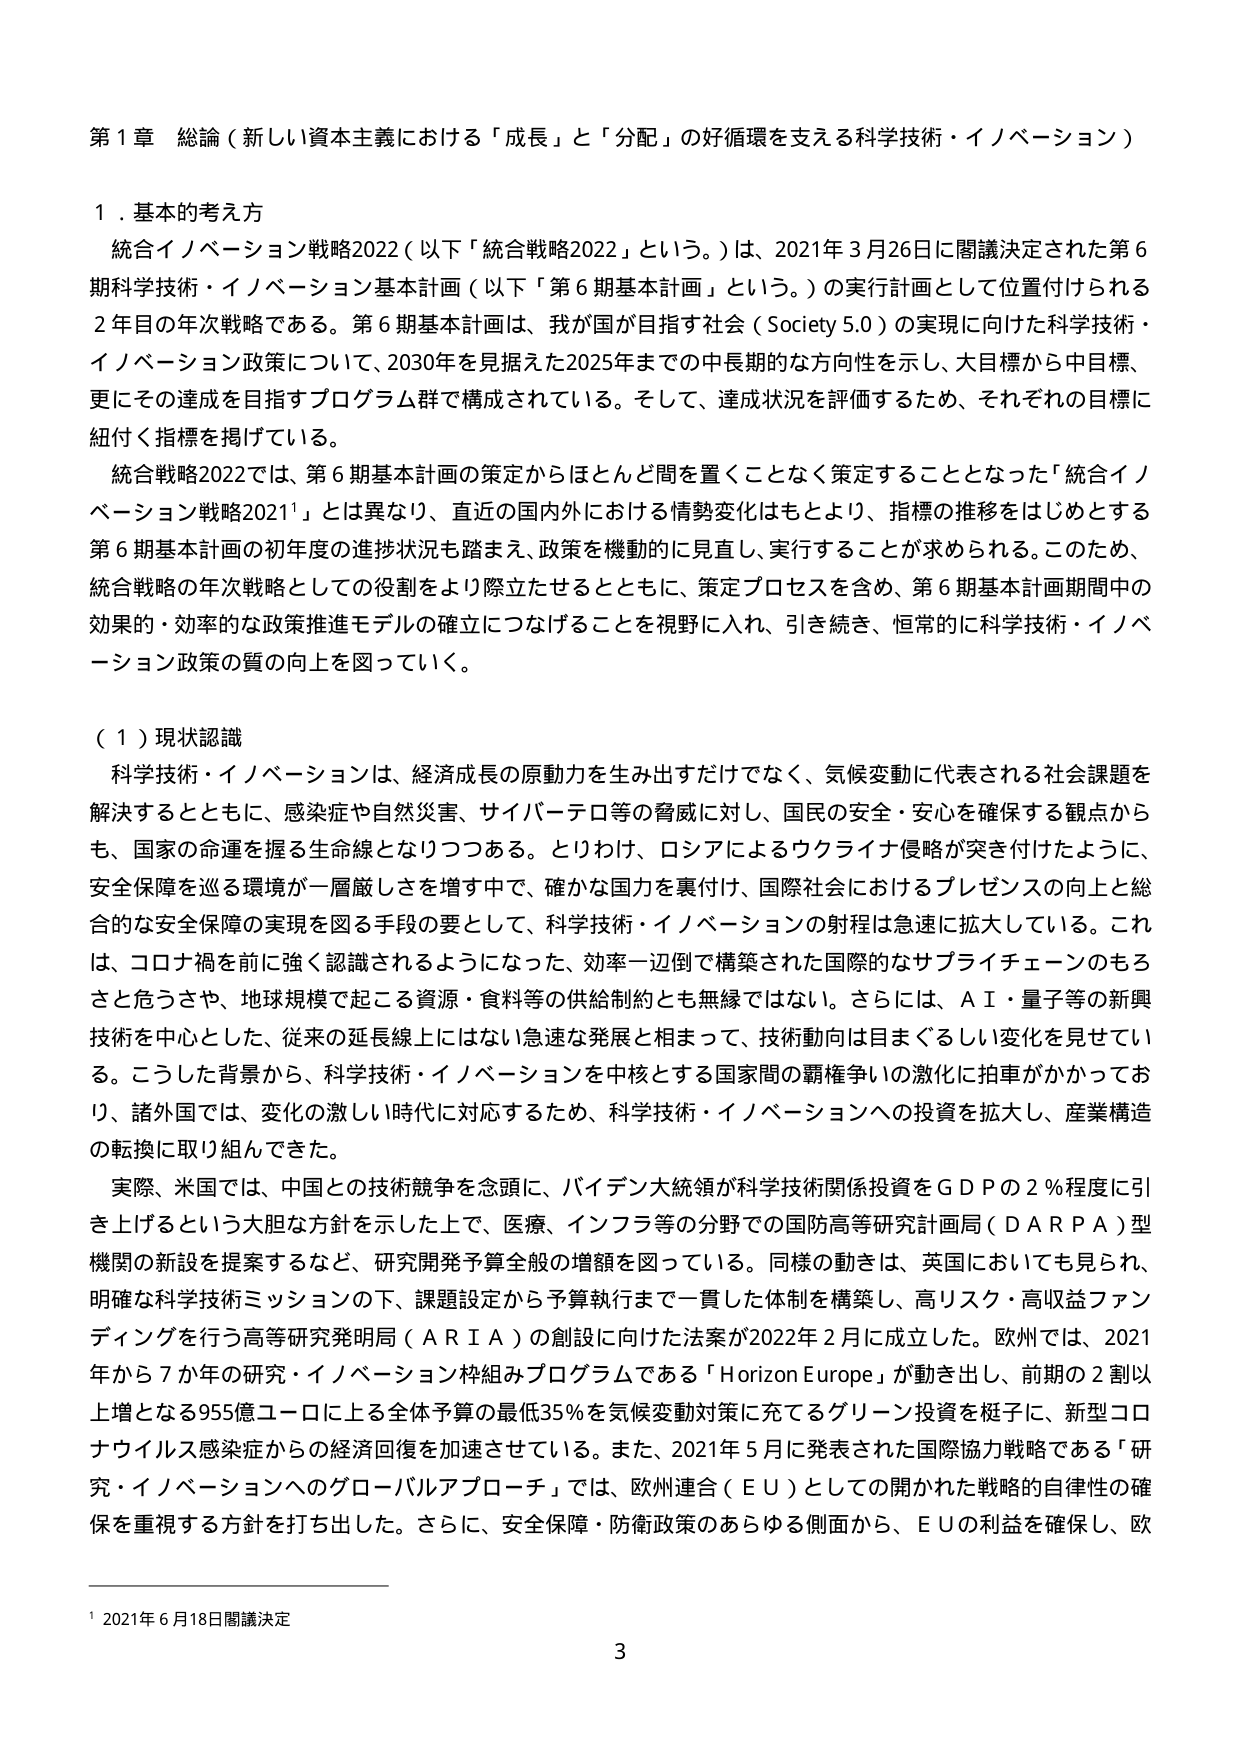
第１章 総論（新しい資本主義における「成長」と「分配」の好循環を支える科学技術・イノベーション）

１．基本的考え方

統合イノベーション戦略2022（以下「統合戦略2022」という。）は、2021年3月26日に閣議決定された第6期科学技術・イノベーション基本計画（以下「第6期基本計画」という。）の実行計画として位置付けられる2年目の年次戦略である。第6期基本計画は、我が国が目指す社会（Society 5.0）の実現に向けた科学技術・イノベーション政策について、2030年を見据えた2025年までの中長期的な方向性を示し、大目標から中目標、更にその達成を目指すプログラム群で構成されている。そして、達成状況を評価するため、それぞれの目標に紐付く指標を掲げている。

統合戦略2022では、第6期基本計画の策定からほとんど間を置くことなく策定することとなった「統合イノベーション戦略2021¹」とは異なり、直近の国内外における情勢変化はもとより、指標の推移をはじめとする第6期基本計画の初年度の進捗状況も踏まえ、政策を機動的に見直し、実行することが求められる。このため、統合戦略の年次戦略としての役割をより際立たせるとともに、策定プロセスを含め、第6期基本計画期間中の効果的・効率的な政策推進モデルの確立につなげることを視野に入れ、引き続き、恒常的に科学技術・イノベーション政策の質の向上を図っていく。

（１）現状認識

科学技術・イノベーションは、経済成長の原動力を生み出すだけでなく、気候変動に代表される社会課題を解決するとともに、感染症や自然災害、サイバーテロ等の脅威に対し、国民の安全・安心を確保する観点からも、国家の命運を握る生命線となりつつある。とりわけ、ロシアによるウクライナ侵略が突き付けたように、安全保障を巡る環境が一層厳しさを増す中で、確かな国力を裏付け、国際社会におけるプレゼンスの向上と総合的な安全保障の実現を図る手段の要として、科学技術・イノベーションの射程は急速に拡大している。これは、コロナ禍を前に強く認識されるようになった、効率一辺倒で構築された国際的なサプライチェーンのもろさと危うさや、地球規模で起こる資源・食料等の供給制約とも無縁ではない。さらには、ＡＩ・量子等の新興技術を中心とした、従来の延長線上にはない急速な発展と相まって、技術動向は目まぐるしい変化を見せている。こうした背景から、科学技術・イノベーションを中核とする国家間の覇権争いの激化に拍車がかかっており、諸外国では、変化の激しい時代に対応するため、科学技術・イノベーションへの投資を拡大し、産業構造の転換に取り組んできた。

実際、米国では、中国との技術競争を念頭に、バイデン大統領が科学技術関係投資をＧＤＰの２％程度に引き上げるという大胆な方針を示した上で、医療、インフラ等の分野での国防高等研究計画局（ＤＡＲＰＡ）型機関の新設を提案するなど、研究開発予算全般の増額を図っている。同様の動きは、英国においても見られ、明確な科学技術ミッションの下、課題設定から予算執行まで一貫した体制を構築し、高リスク・高収益ファンディングを行う高等研究発明局（ＡＲＩＡ）の創設に向けた法案が2022年2月に成立した。欧州では、2021年から7か年の研究・イノベーション枠組みプログラムである「Horizon Europe」が動き出し、前期の2割以上増となる955億ユーロに上る全体予算の最低35％を気候変動対策に充てるグリーン投資を梃子に、新型コロナウイルス感染症からの経済回復を加速させている。また、2021年5月に発表された国際協力戦略である「研究・イノベーションへのグローバルアプローチ」では、欧州連合（ＥＵ）としての開かれた戦略的自律性の確保を重視する方針を打ち出した。さらに、安全保障・防衛政策のあらゆる側面から、ＥＵの利益を確保し、欧

¹ 2021年6月18日閣議決定

3